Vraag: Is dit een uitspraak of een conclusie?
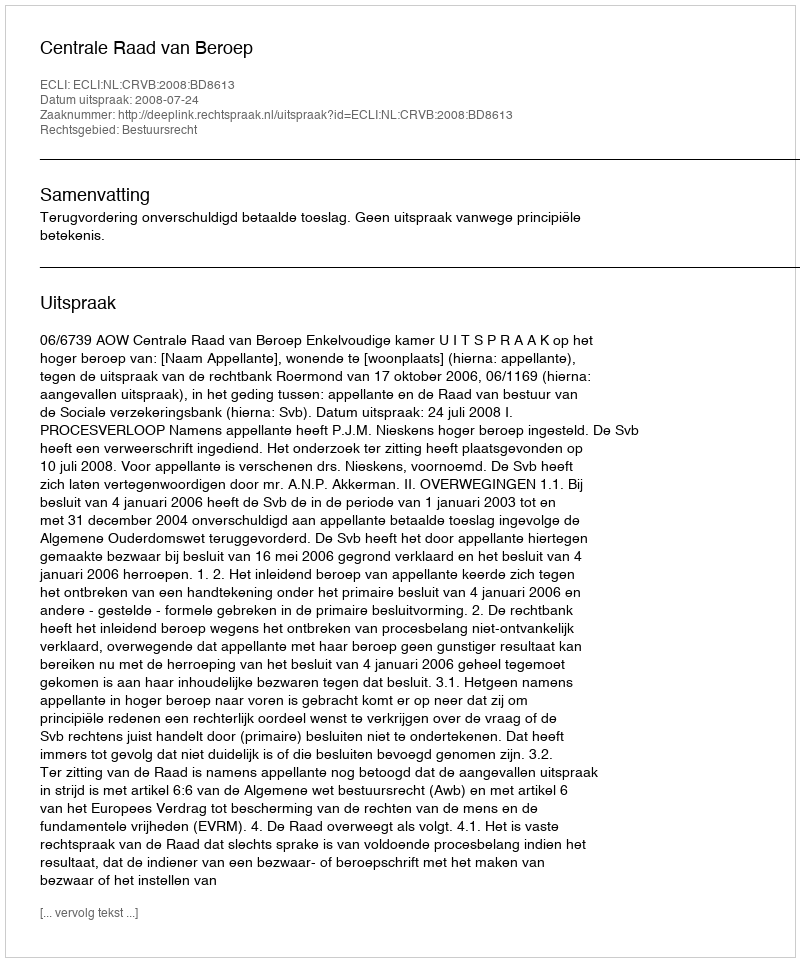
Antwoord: Uitspraak